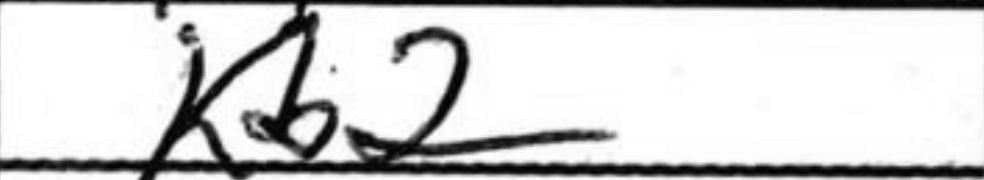
Transcription: Kb2